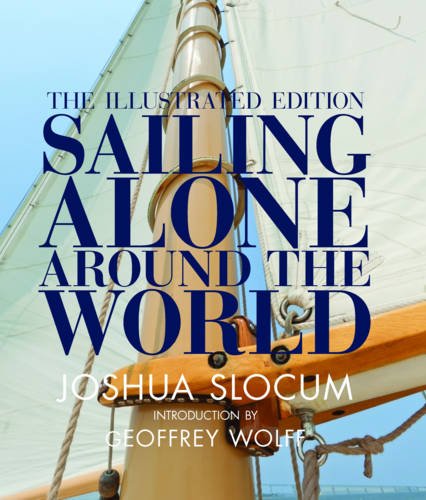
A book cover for Sailing Alone Around the World: The Complete Illustrated Edition; Joshua Slocum; History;